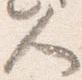
人